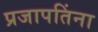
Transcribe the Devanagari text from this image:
प्रजापतिंना